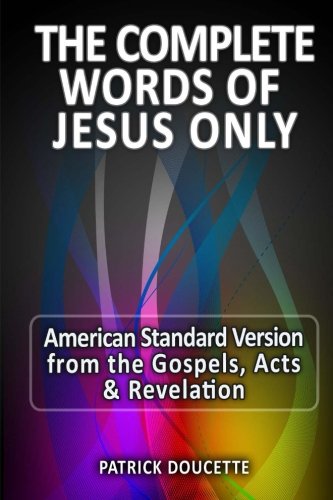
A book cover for The Complete Words of Jesus Only - American Standard Version from the Gospels, Acts & Revelation; Patrick Doucette; Crafts, Hobbies & Home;